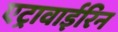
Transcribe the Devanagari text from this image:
एट्रावाईरिन